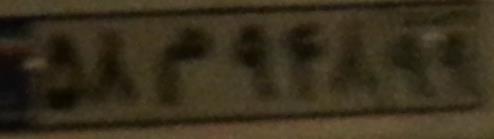
۵۸م۹۴۸۹۹